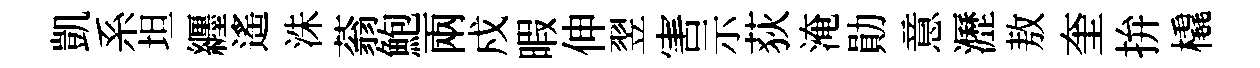
凱系坦纒遙洙蓊鮑兩戍暇伸翌害示荻淹勛意瀝敖奎拚橇